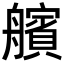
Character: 𮎕